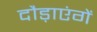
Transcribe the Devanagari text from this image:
दौड़ाएंगें